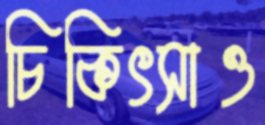
চিকিৎসাও